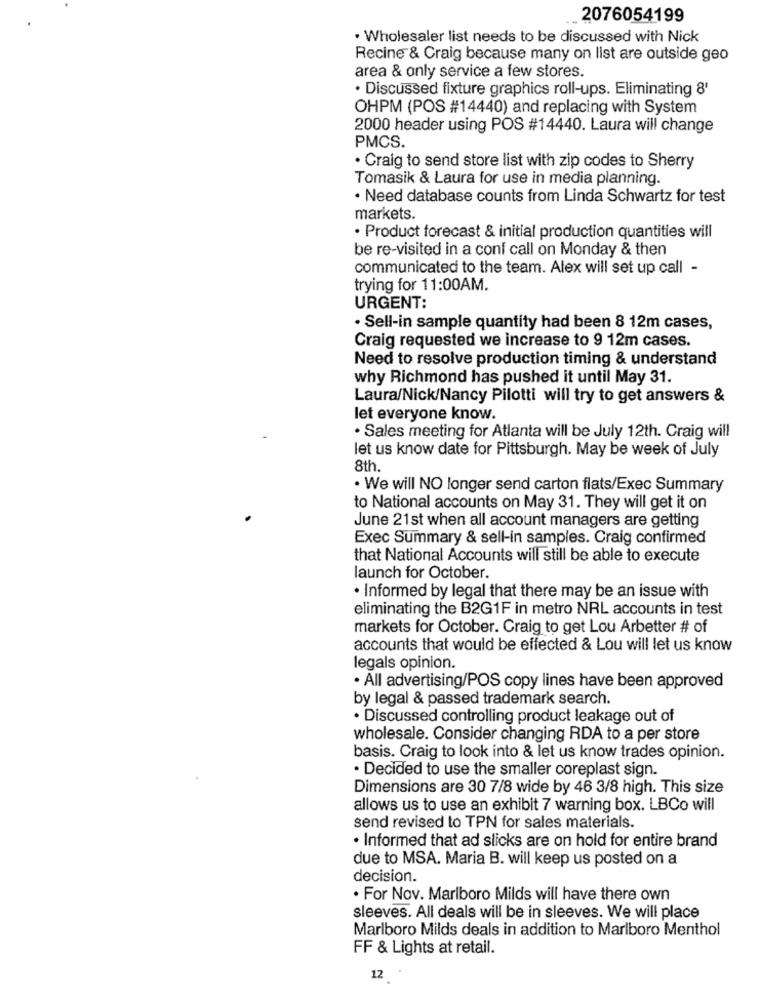
2076054199
· Wholesaler list needs to be discussed with Nick
Recine & Craig because many on list are outside geo
area & only service a few stores.
· Discussed fixture graphics roll-ups. Eliminating 8'
OHPM (POS #14440) and replacing with System
2000 header using POS #14440. Laura will change
PMCS.
. Craig to send store list with zip codes to Sherry
Tomasik & Laura for use in media planning.
· Need database counts from Linda Schwartz for test
markets.
· Product forecast & initial production quantities will
be re-visited in a conf call on Monday & then
communicated to the team. Alex will set up call -
trying for 11:00AM.
URGENT:
· Sell-in sample quantity had been 8 12m cases,
Craig requested we increase to 9 12m cases.
Need to resolve production timing & understand
why Richmond has pushed it until May 31.
Laura/Nick/Nancy Pilotti will try to get answers &
let everyone know.
· Sales meeting for Atlanta will be July 12th. Craig will
let us know date for Pittsburgh. May be week of July
8th.
. We will NO longer send carton flats/Exec Summary
to National accounts on May 31. They will get it on
June 21st when all account managers are getting
Exec Summary & sell-in samples. Craig confirmed
that National Accounts will still be able to execute
launch for October.
· Informed by legal that there may be an issue with
eliminating the B2G1F in metro NRL accounts in test
markets for October. Craig to get Lou Arbetter # of
accounts that would be effected & Lou will let us know
legals opinion.
. All advertising/POS copy lines have been approved
by legal & passed trademark search.
. Discussed controlling product leakage out of
wholesale. Consider changing RDA to a per store
basis. Craig to look into & let us know trades opinion.
· Decided to use the smaller coreplast sign.
Dimensions are 30 7/8 wide by 46 3/8 high. This size
allows us to use an exhibit 7 warning box. LBCo will
send revised to TPN for sales materials.
· Informed that ad slicks are on hold for entire brand
due to MSA. Maria B. will keep us posted on a
decision.
. For Nov. Marlboro Milds will have there own
sleeves. All deals will be in sleeves. We will place
Marlboro Milds deals in addition to Marlboro Menthol
FF & Lights at retail.
12